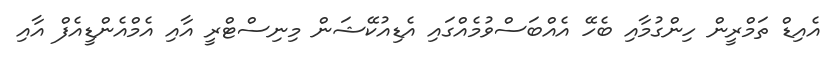
އެއިޑް ތަމްރީން ހިންގުމާއި ބެހޭ އެއްބަސްވުމެއްގައި އެޑިއުކޭޝަން މިނިސްޓްރީ އާއި އެމްއެންޑީއެފް އާއި